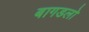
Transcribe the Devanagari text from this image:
बागडलो